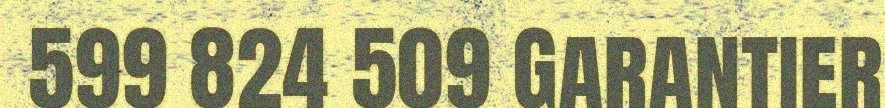
599 824 509 Garantier